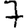
Digit: 7